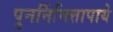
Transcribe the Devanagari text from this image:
पुनर्निमित्तापाये